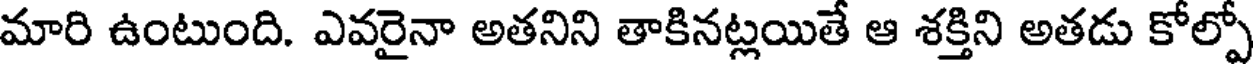
మారి ఉంటుంది. ఎవరైనా అతనిని తాకినట్లయితే ఆ శక్తిని అతడు కోల్పో